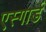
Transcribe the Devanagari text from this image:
एस्गार्ड